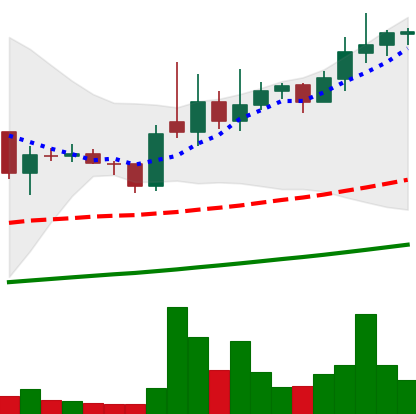
Ticker: XLM-USD
Chart end date: 2021-02-09
Forward return: 30.475%
Label: up_7plus